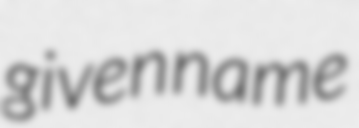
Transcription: given name